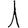
Digit: 1